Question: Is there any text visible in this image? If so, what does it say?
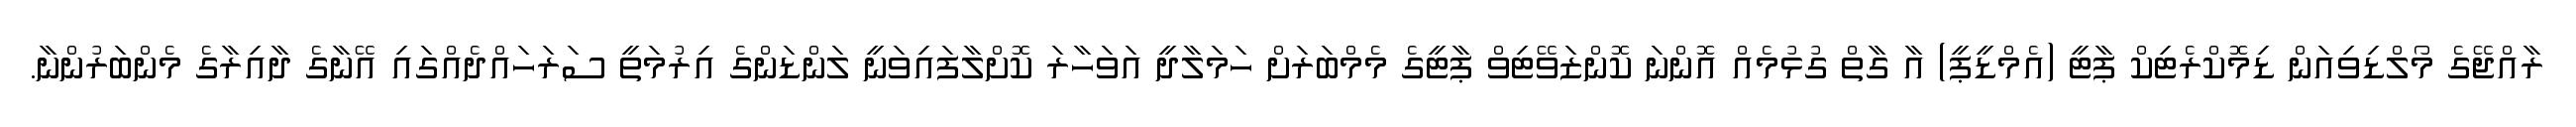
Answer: ރާއްޖޭގެ މޯލްޑިވިއަން ޑިމޮކްރެޓިކް ޕާޓީ (އެމްޑީޕީ) އާ ގާތް ގުޅުމެއް އޮންނަ ކޮންޒަވޭޓިވް ޕާޓީގެ މެމްބަރަށް ހަމަލާދީ އަވަހާރަ ކޮށްލާފައިވަނީ ލަންޑަންގެ އިރުމަތީ ސަރަހައްދެއްގައި އޭނާގެ ދާއިރާގެ މެންބަރުންނާ.